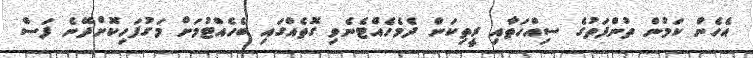
އެހެން ކަމުން ތުންފަތުގެ ސިއްހަތާއި ރީތިކަން ދެމެހެއްޓެނެވި ގޮތެއްގައި ބެހެއްޓުމަށް މަގުފަހިކޮށްދޭނެ ފަސް